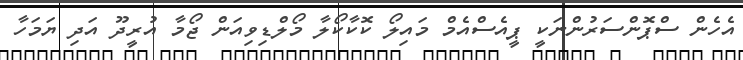
އެހެން ސްޕޮންސަރުންނަކީ ޕީއެސްއެމް މައިލޯ ކޮކާކޯލާ މޯލްޑިވިއަން ޖޯމާ އުރީދޫ އަދި ޔަމަހާ